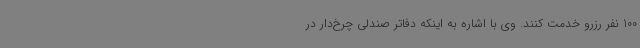
100 نفر رزرو خدمت کنند. وی با اشاره به اینکه دفاتر صندلی چرخ‌دار در